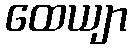
ထေယျာ